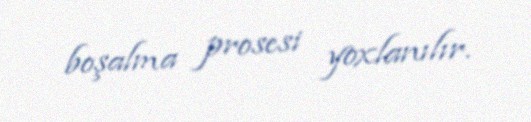
boşalma prosesi yoxlanılır.